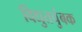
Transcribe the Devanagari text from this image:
विद्युतचुंबक